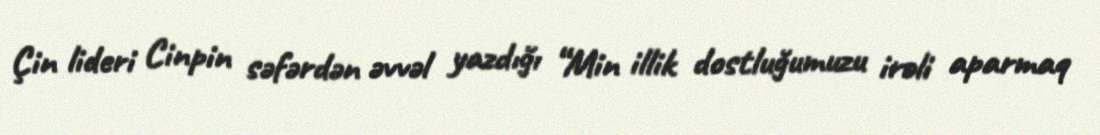
Çin lideri Cinpin səfərdən əvvəl yazdığı “Min illik dostluğumuzu irəli aparmaq